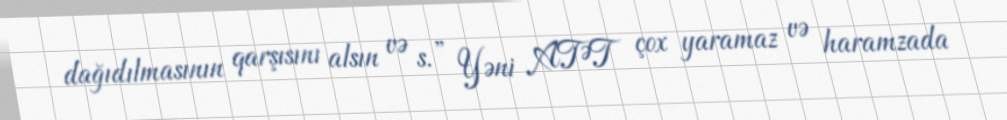
dağıdılmasının qarşısını alsın və s.” Yəni ATƏT çox yaramaz və haramzada